system: You are a helpful assistant.
user:
Analyze the provided spectrum to determine if it is a **Carbon Star (C-type)**.

- **Key Visual Indicators of Carbon Star:**
    - **(Primary):** Strong molecular absorption from **C₂ (diatomic carbon) "Swan Bands."** This is the **defining feature** of a carbon star.
        - **(Key Bandheads):** Sharp absorption edges are visible at approximately $5635$ Å, $5165$ Å (the strongest band), and $4737$ Å.
        - **(Line Profile):** Creates a distinct **"saw-tooth"** pattern. The key morphology is a sharp, steep bandhead on the **red (long-wavelength) side**, which then gradually tapers off (i.e., flux recovers) towards the **blue (short-wavelength) side**. *(This is the direct opposite of the TiO bands seen in M-type stars)*.

    - **(Secondary):** Intense **CN (cyanogen)** molecular absorption bands.
        - **(Key Bandheads):** Located in the blue and violet regions of the spectrum (e.g., near $4215$ Å and $3883$ Å).
        - **(Morphology):** These bands are extremely broad and act as a "blanket," absorbing the vast majority of blue and violet light. This creates a characteristic **"cliff"** or **"steep drop-off"** in the spectrum's flux at short wavelengths.

    - **(Key Confirmation):** Strong **CH absorption band (G-band)**.
        - **(Key Bandhead):** Located around $4300$ Å. The contribution from CH molecules to this band is exceptionally strong.

    - **(Overall Spectrum):**
        - The continuum is severely "chopped up" by these deep molecular bands, especially C₂, rather than appearing as a smooth curve.
        - Due to the heavy CN and C₂ absorption in the blue-green, the vast majority of the star's flux is concentrated in the red part of the spectrum, giving the star its characteristic deep red color.

Think first, call **spectral_visualization_tool** if needed to examine features in detail, then provide your final answer. Your response must adhere to the following strict rules:
1.  **Overall Structure:** Your response must follow the format `<think>...</think> <tool_call>...</tool_call> (if a tool is used) <answer>...</answer>`.
2.  **Tool Usage Constraint:** You may only make **one** tool call per turn.
3.  **Final Answer Format:** In the `<answer>` tag, your conclusion must be inside a `\boxed{}` command (e.g., `\boxed{YES}`), followed by your justification.

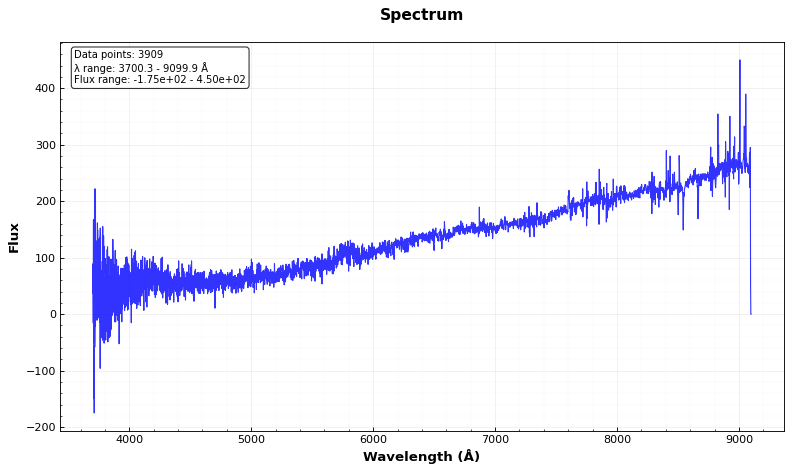
Answer: NO